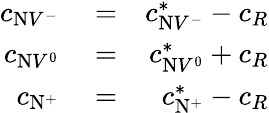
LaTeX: \begin{array}{rlr}{c_{\mathrm{N}V^{-}}}&{{}=}&{c_{\mathrm{N}V^{-}}^{*}-c_{R}}\\ {c_{\mathrm{N}V^{0}}}&{{}=}&{c_{\mathrm{N}V^{0}}^{*}+c_{R}}\\ {c_{\mathrm{N}^{+}}}&{{}=}&{c_{\mathrm{N}^{+}}^{*}-c_{R}}\end{array}